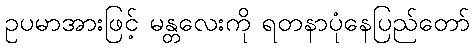
ဥပမာအားဖြင့် မန္တလေးကို ရတနာပုံနေပြည်တော်